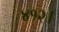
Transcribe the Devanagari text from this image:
४१२।